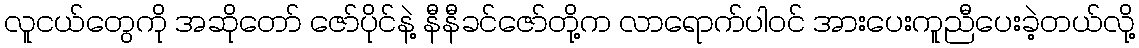
လူငယ်တွေကို အဆိုတော် ဇော်ပိုင်နဲ့ နီနီခင်ဇော်တို့က လာရောက်ပါဝင် အားပေးကူညီပေးခဲ့တယ်လို့